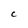
Character: c